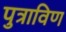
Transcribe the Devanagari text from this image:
पुत्राविण